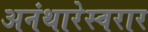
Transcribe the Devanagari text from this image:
अनंथारेस्वरार